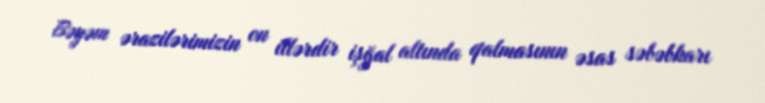
Bəyəm ərazilərimizin on illərdir işğal altında qalmasının əsas səbəbkarı